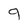
Character: 9